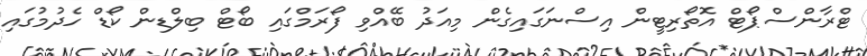
ޓްރާންސްޕޯޓް އޮތޯރިޓީން އިސްނަގައިގެން މިއަދު ބޭއްވި ފޯރަމްގައި ބޯޓް ބިލްޑިން ކޯޑް ހެދުމުގައި